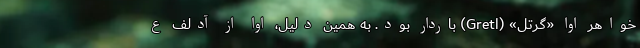
خواهر اوا «گرِتل» (Gretl) باردار بود. به همین دلیل، اوا از آدلف ع